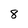
Character: 8